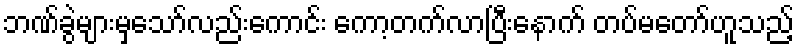
ဘဏ်ခွဲများမှသော်လည်းကောင်း ကော့တက်လာပြီးနောက် တပ်မတော်ဟူသည့်